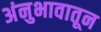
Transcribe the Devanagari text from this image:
अंनुभावातून